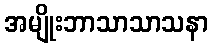
အမျိုးဘာသာသာသနာ